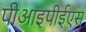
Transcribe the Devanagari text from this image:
पीआइपीईएस